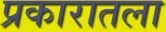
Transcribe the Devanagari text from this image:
प्रकारातला